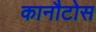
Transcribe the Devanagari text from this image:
कानौटोस